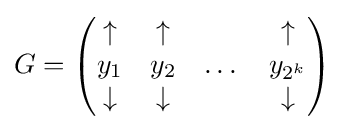
G={\begin{pmatrix}\uparrow &\uparrow &&\uparrow \\y_{1}&y_{2}&\dots &y_{2^{k}}\\\downarrow &\downarrow &&\downarrow \end{pmatrix}}